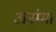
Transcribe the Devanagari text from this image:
अनंम्मा